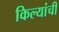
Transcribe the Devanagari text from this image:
किल्यांची